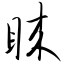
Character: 睐